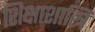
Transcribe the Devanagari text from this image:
शिक्षाशास्त्रि